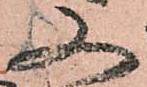
又